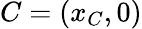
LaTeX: C=\left(x_{C},0\right)